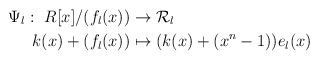
\begin{align*} \Psi_l:~R[x]/(f_l(x))&\rightarrow \mathcal {R}_l \\k(x)+(f_l(x))&\mapsto (k(x)+(x^n-1))e_l(x) \end{align*}